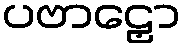
ပဗာဠှော